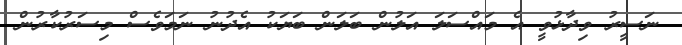
ނަސީރު ވިދާޅުވީ އެ މައްސަލަ އަލުން ބަލަން ބަޔަކު އެދުނު ނަމަވެސް މިސަރުކާރުން